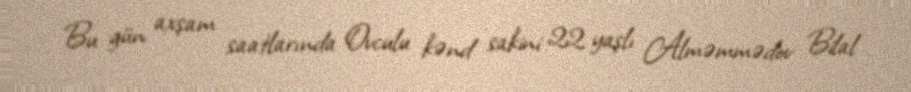
Bu gün axşam saatlarında Ovculu kənd sakini 22 yaşlı Alməmmədov Bilal